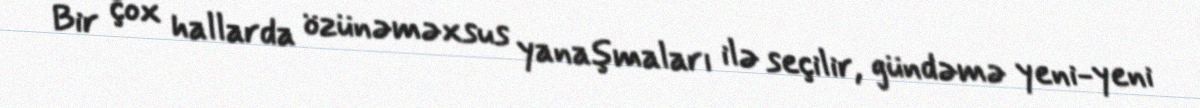
Bir çox hallarda özünəməxsus yanaşmaları ilə seçilir, gündəmə yeni-yeni